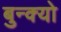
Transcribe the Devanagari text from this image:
बुन्क्यो